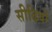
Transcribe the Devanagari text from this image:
सीढियोँ